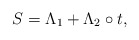
\begin{align*} S = \Lambda_{1} + \Lambda_{2} \circ t,\end{align*}